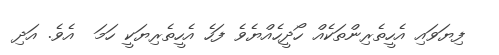
ފިޔަވައި އެހީތެރިންތަކެއް ހޯދީހެއްޔެވެ ފަހެ އެހީތެރިޔަކީ ހަމަ  އެވެ. އަދި